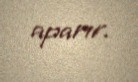
aparır.